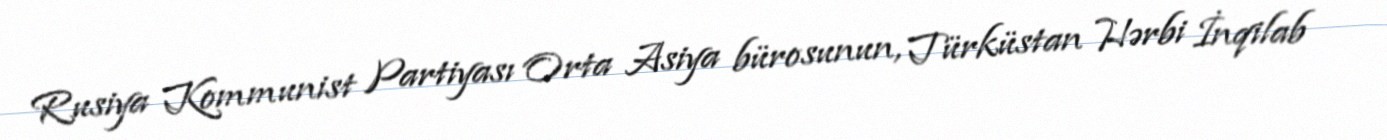
Rusiya Kommunist Partiyası Orta Asiya bürosunun, Türküstan Hərbi İnqilab